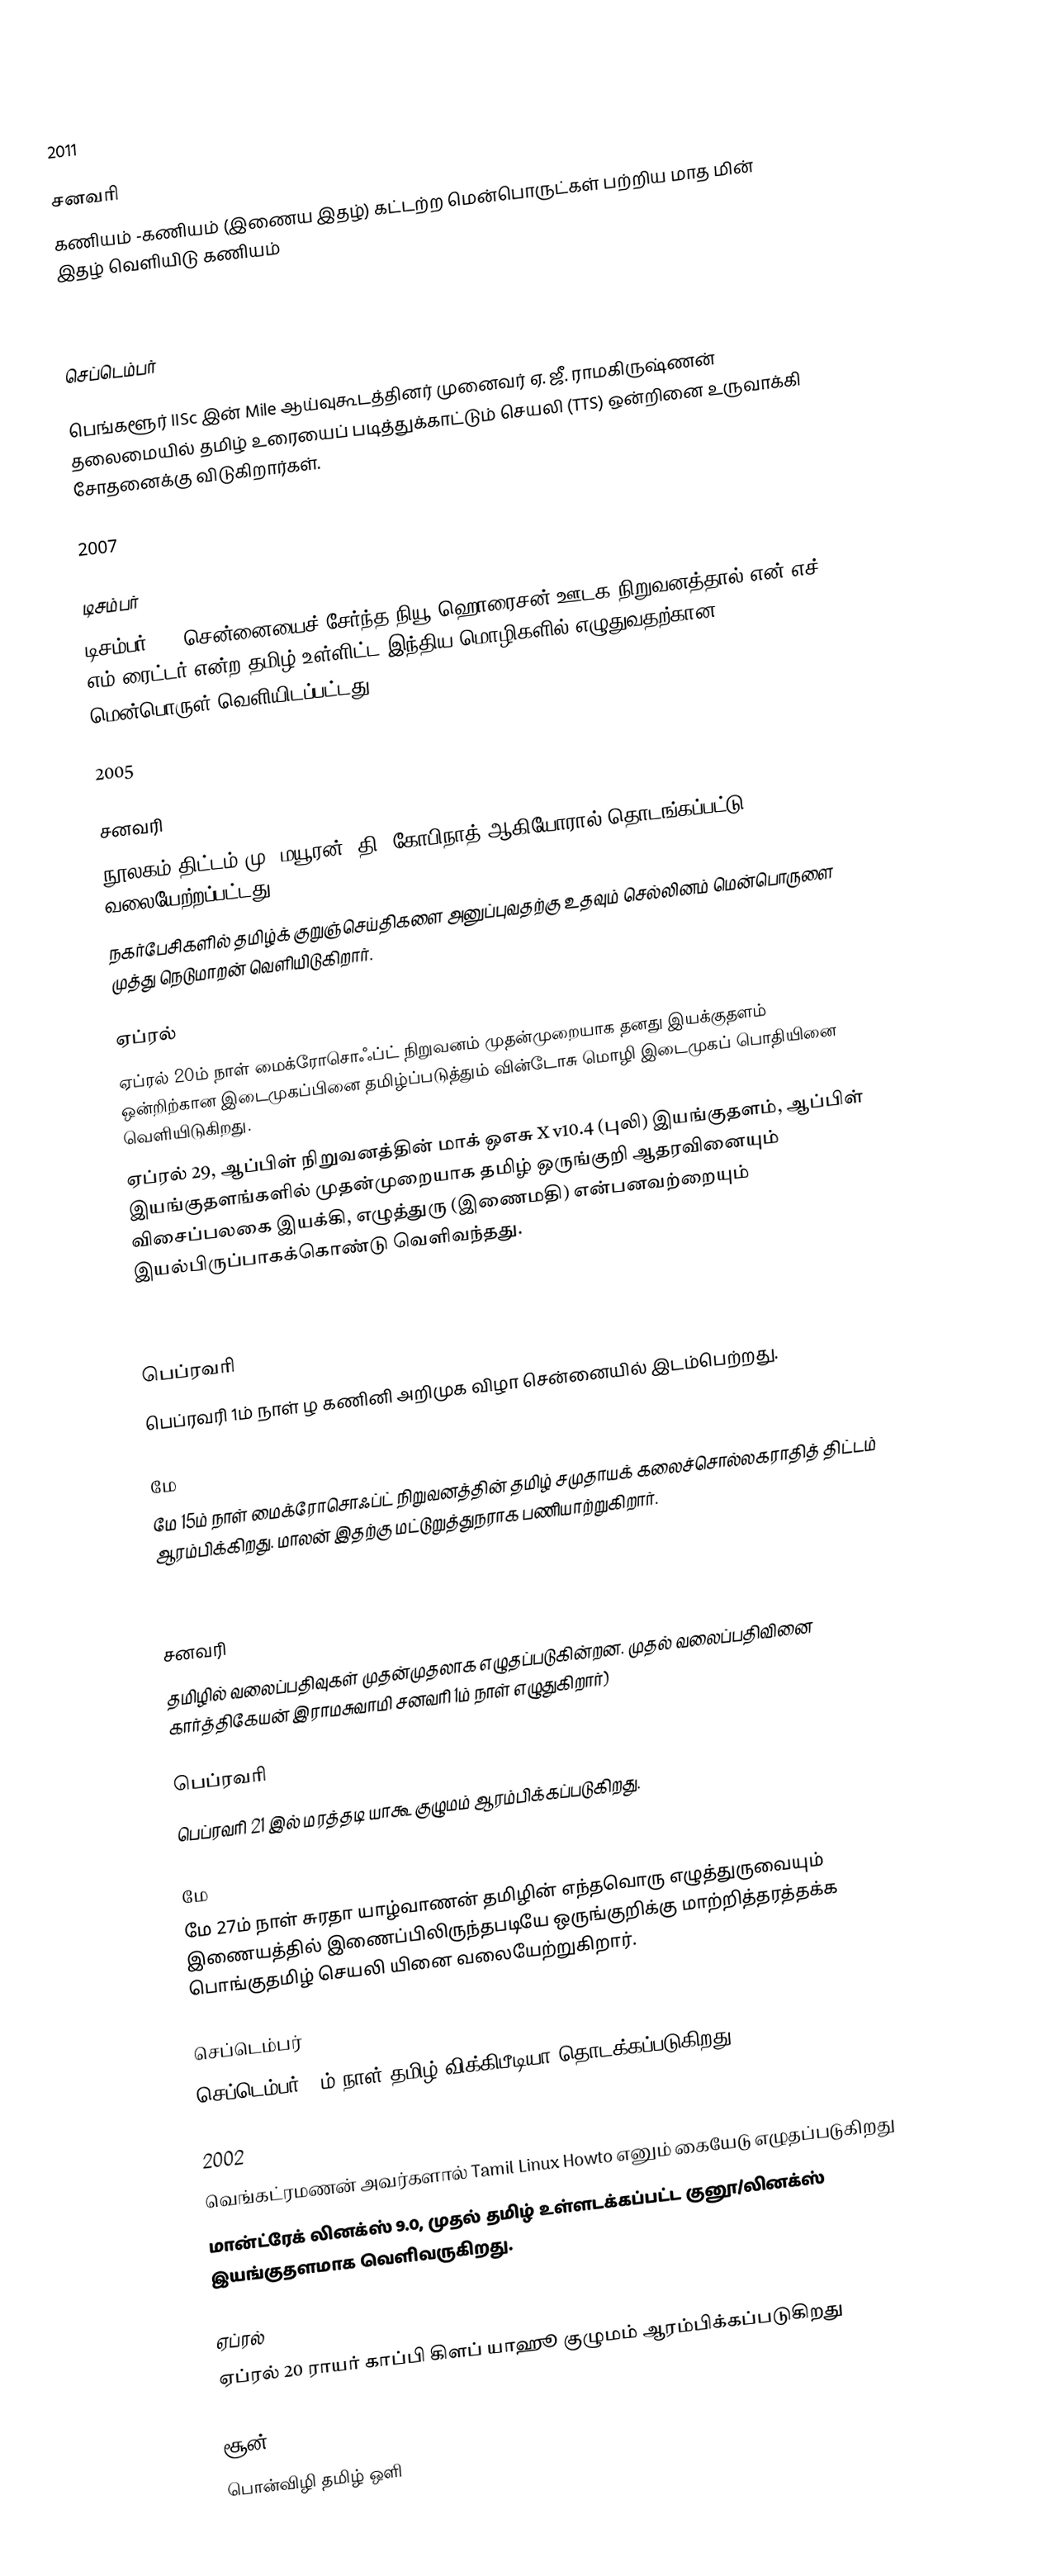

2011

சனவரி
கணியம் -கணியம் (இணைய இதழ்) கட்டற்ற மென்பொருட்கள் பற்றிய மாத மின் இதழ் வெளியிடு கணியம்

2009

செப்டெம்பர்

 பெங்களூர் IISc இன் Mile ஆய்வுகூடத்தினர் முனைவர் ஏ. ஜீ. ராமகிருஷ்ணன் தலைமையில் தமிழ் உரையைப் படித்துக்காட்டும் செயலி (TTS) ஒன்றினை உருவாக்கி சோதனைக்கு விடுகிறார்கள்.

2007

டிசம்பர்
 டிசம்பர் 25, சென்னையைச் சேர்ந்த நியூ ஹொரைசன் ஊடக நிறுவனத்தால் என் எச் எம் ரைட்டர் என்ற தமிழ் உள்ளிட்ட இந்திய மொழிகளில் எழுதுவதற்கான மென்பொருள் வெளியிடப்பட்டது.

2005

சனவரி
 நூலகம் திட்டம் மு. மயூரன், தி. கோபிநாத் ஆகியோரால் தொடங்கப்பட்டு வலையேற்றப்பட்டது
 நகர்பேசிகளில் தமிழ்க் குறுஞ்செய்திகளை அனுப்புவதற்கு உதவும் செல்லினம் மென்பொருளை முத்து நெடுமாறன் வெளியிடுகிறார்.

ஏப்ரல்
 ஏப்ரல் 20ம் நாள் மைக்ரோசொஃப்ட் நிறுவனம் முதன்முறையாக தனது இயக்குதளம் ஒன்றிற்கான இடைமுகப்பினை தமிழ்ப்படுத்தும் வின்டோசு மொழி இடைமுகப் பொதியினை வெளியிடுகிறது.
 ஏப்ரல் 29, ஆப்பிள் நிறுவனத்தின் மாக் ஒஎசு X v10.4 (புலி) இயங்குதளம், ஆப்பிள் இயங்குதளங்களில் முதன்முறையாக தமிழ் ஒருங்குறி ஆதரவினையும் விசைப்பலகை இயக்கி, எழுத்துரு (இணைமதி) என்பனவற்றையும் இயல்பிருப்பாகக்கொண்டு வெளிவந்தது.

2004

பெப்ரவரி
 பெப்ரவரி 1ம் நாள் ழ கணினி அறிமுக விழா சென்னையில் இடம்பெற்றது.

மே
 மே 15ம் நாள் மைக்ரோசொஃப்ட் நிறுவனத்தின் தமிழ் சமுதாயக் கலைச்சொல்லகராதித் திட்டம் ஆரம்பிக்கிறது. மாலன் இதற்கு மட்டுறுத்துநராக பணியாற்றுகிறார்.

2003

சனவரி
 தமிழில் வலைப்பதிவுகள் முதன்முதலாக எழுதப்படுகின்றன.  முதல் வலைப்பதிவினை கார்த்திகேயன் இராமசுவாமி சனவரி 1ம் நாள் எழுதுகிறார்)

பெப்ரவரி
 பெப்ரவரி 21 இல் மரத்தடி யாகூ குழுமம் ஆரம்பிக்கப்படுகிறது.

மே
 மே 27ம் நாள் சுரதா யாழ்வாணன் தமிழின் எந்தவொரு எழுத்துருவையும் இணையத்தில் இணைப்பிலிருந்தபடியே ஒருங்குறிக்கு மாற்றித்தரத்தக்க பொங்குதமிழ் செயலி யினை வலையேற்றுகிறார்.

செப்டெம்பர்
 செப்டெம்பர் 30ம் நாள் தமிழ் விக்கிபீடியா தொடக்கப்படுகிறது.

2002
 வெங்கட்ரமணன் அவர்களால் Tamil Linux Howto எனும் கையேடு எழுதப்படுகிறது
 மான்ட்ரேக் லினக்ஸ் 9.0, முதல் தமிழ் உள்ளடக்கப்பட்ட குனூ/லினக்ஸ் இயங்குதளமாக வெளிவருகிறது.

ஏப்ரல்
 ஏப்ரல் 20 ராயர் காப்பி கிளப் யாஹூ குழுமம் ஆரம்பிக்கப்படுகிறது

சூன்
 பொன்விழி தமிழ் ஒளி